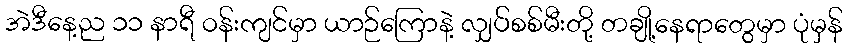
အဲဒီနေ့ည ၁၁ နာရီ ဝန်းကျင်မှာ ယာဉ်ကြောနဲ့ လျှပ်စစ်မီးတို့ တချို့နေရာတွေမှာ ပုံမှန်